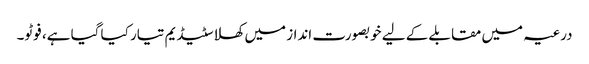
درعیہ میں مقابلے کے لیے خوبصورت انداز میں کھلا سٹیڈیم تیار کیا گیا ہے، فوٹو۔